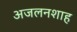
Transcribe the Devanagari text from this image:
अजलनशाह